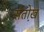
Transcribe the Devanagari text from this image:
संतो़ख